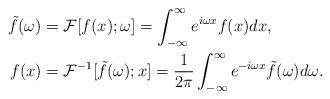
LaTeX: \begin{align*}\tilde{f} (\omega) &= \mathcal{F}[f (x); \omega] = \int_{-\infty}^{\infty} e^{i \omega x} f (x) dx,\\ f (x) &= \mathcal{F}^{-1}[\tilde{f} (\omega); x] = \frac{1}{2\pi} \int_{-\infty}^{\infty} e^{-i \omega x} \tilde{f} (\omega) d\omega.\end{align*}